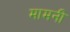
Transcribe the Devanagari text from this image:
मामनी